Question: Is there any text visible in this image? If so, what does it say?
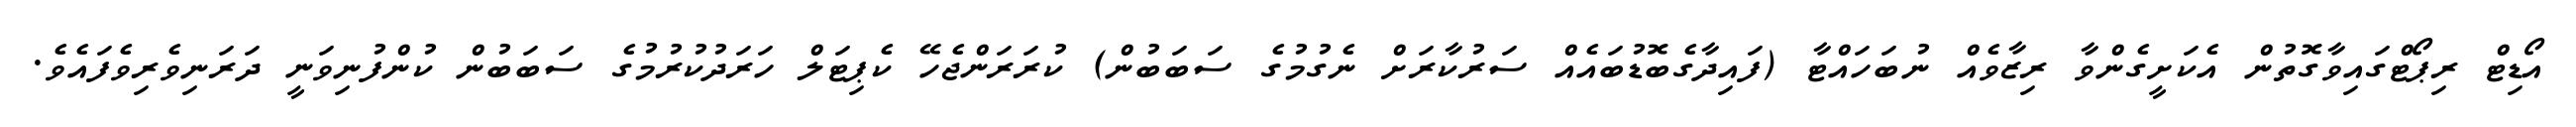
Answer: އޯޑިޓް ރިޕޯޓްގައިވާގޮތުން އެކަށީގެންވާ ރިޒާވެއް ނުބަހައްޓާ (ފައިދާގެބޮޑުބައެއް ސަރުކާރަށް ނެގުމުގެ ސަބަބުން) ކުރަރަންޖެހޭ ކެޕިޓަލް ހަރަދުކުރުމުގެ ސަބަބުން ކުންފުނިވަނީ ދަރަނިވެރިވެފައެވެ.